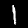
Digit: 1